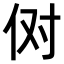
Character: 𫢘